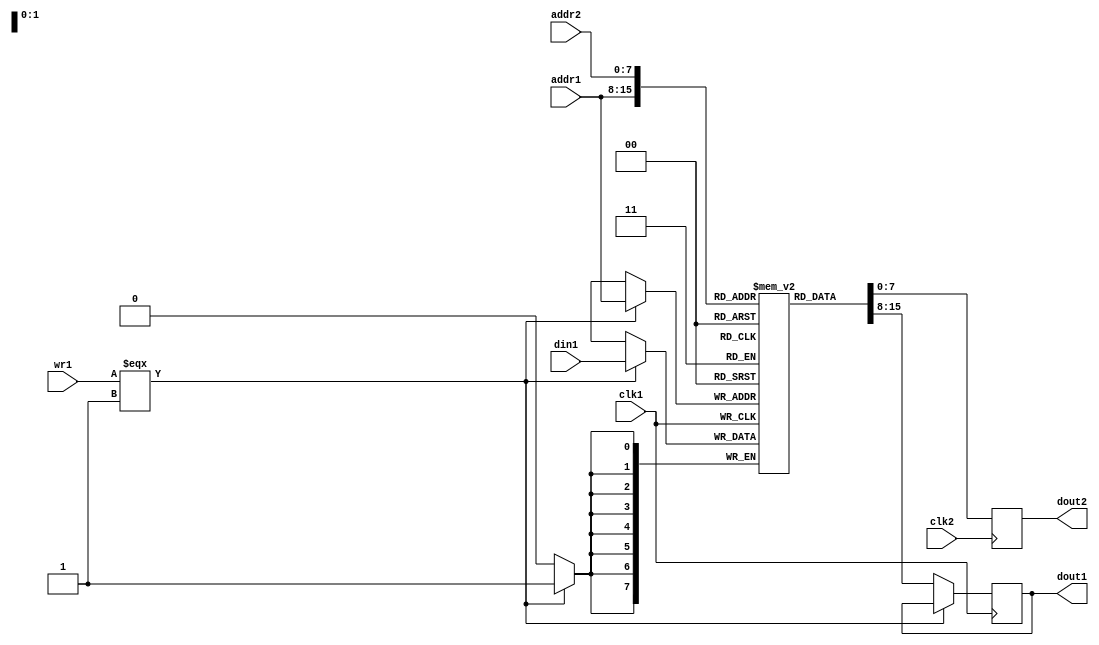
`timescale 1ns/1ns

//-----------------------------------------------------------
//Dual port RAM
//port 1: read and write
//port 2: read only
//Tested by synthesizing using Xilinx XST, BLOCKRAM inferred
//----------------------------------------------------------

module dpmem (/*AUTOARG*/
   // Outputs
   dout1, dout2,
   // Inputs
   clk1, clk2, din1, addr1, addr2, wr1
   ) ;

   parameter dwidth = 8 ;//data bus width
   parameter awidth = 8 ;//addr bus width
   parameter size   = 256 ;//Size of memory array
   
   input clk1 ;
   input clk2 ;
   
   input [ dwidth-1 : 0] din1 ;
   input [ awidth-1 : 0] addr1 ;
   input [ awidth-1 : 0] addr2 ;      
   input 		 wr1 ;
   
   output [ dwidth-1 : 0] dout1 ;
   output [ dwidth-1 : 0] dout2 ;   

   wire [ dwidth-1 : 0]  din1 ;   
   reg [dwidth-1 : 0] 	  mem [ size-1:0 ] ;
   reg [dwidth-1 : 0] 	  dout1 ;
   reg [dwidth-1 : 0] 	  dout2 ;   
   
   always @(posedge clk1)
     if (wr1 === 1'b1)
       mem[addr1] <= din1 ;
     else
       dout1 <= mem[addr1];

   always @(posedge clk2)   
       dout2 <= mem[addr2] ;

endmodule